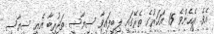
އެވެ. އެހެންވެ 15 އަހަރުގެ ތެރޭގައި ލިބިފައިވާ ސިޔާސީ ތަޖުރިބާ އެއީ ސިޔާސީ